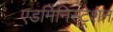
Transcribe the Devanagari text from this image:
एडमिनिस्‍ट्रेशन